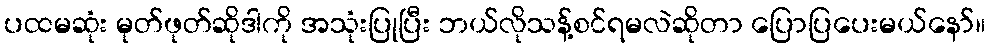
ပထမဆုံး မုတ်ဖုတ်ဆိုဒါကို အသုံးပြုပြီး ဘယ်လိုသန့်စင်ရမလဲဆိုတာ ပြောပြပေးမယ်နော်။